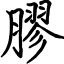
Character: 膠